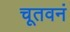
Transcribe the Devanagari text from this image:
चूतवनं